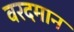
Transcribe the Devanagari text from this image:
वरदमान